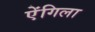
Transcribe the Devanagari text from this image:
ऐंगिला